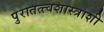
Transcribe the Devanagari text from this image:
पुरातत्त्वशास्त्राशी